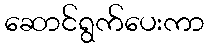
ဆောင်ရွက်ပေးကာ